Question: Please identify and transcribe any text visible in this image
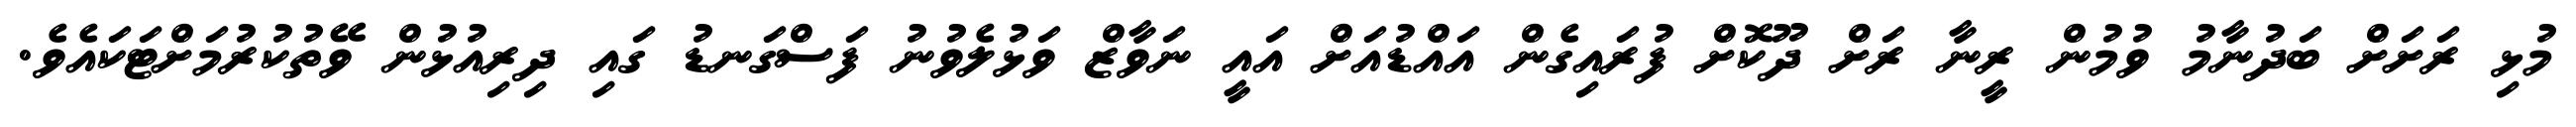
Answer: މުޅި ރަށަށް ބަދުނާމު ވުމުން ރީނާ ރަށް ދޫކޮށް ފުރައިގެން އައްޑުއަށް އައީ ނަވާޒް ވަޅުލެވުނު ފަސްގަނޑު ގައި ދިރިއުޅުން ވޭތުކުރުމަށްޓަކައެވެ.